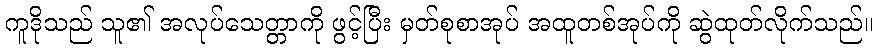
ကူဒိုသည် သူ၏ အလုပ်သေတ္တာကို ဖွင့်ပြီး မှတ်စုစာအုပ် အထူတစ်အုပ်ကို ဆွဲထုတ်လိုက်သည်။